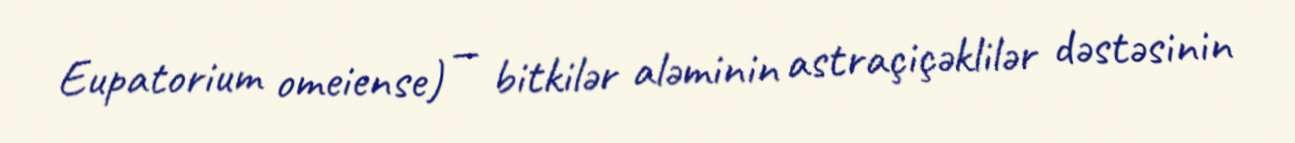
Eupatorium omeiense) — bitkilər aləminin astraçiçəklilər dəstəsinin